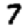
Digit: 7